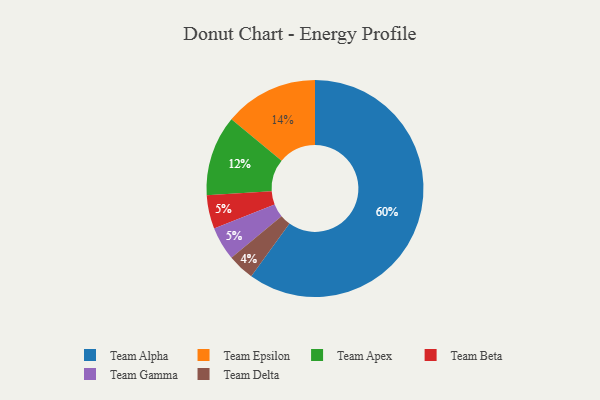
{"axis": {"x": "Category", "y": "Percentage"}, "legend": ["Team Alpha", "Team Apex", "Team Beta", "Team Delta", "Team Epsilon", "Team Gamma"], "data": [{"x": "Team Epsilon", "y": 14, "type": "Team Epsilon"}, {"x": "Team Beta", "y": 5, "type": "Team Beta"}, {"x": "Team Delta", "y": 4, "type": "Team Delta"}, {"x": "Team Alpha", "y": 60, "type": "Team Alpha"}, {"x": "Team Gamma", "y": 5, "type": "Team Gamma"}, {"x": "Team Apex", "y": 12, "type": "Team Apex"}]}